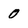
Character: 0